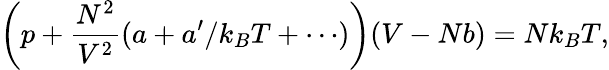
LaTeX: \left(p+{\frac{N^{2}}{V^{2}}}(a+a^{\prime}/k_{B}T+\cdots)\right)(V-Nb)=Nk_{B}T,